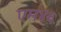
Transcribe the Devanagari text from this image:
एम४६